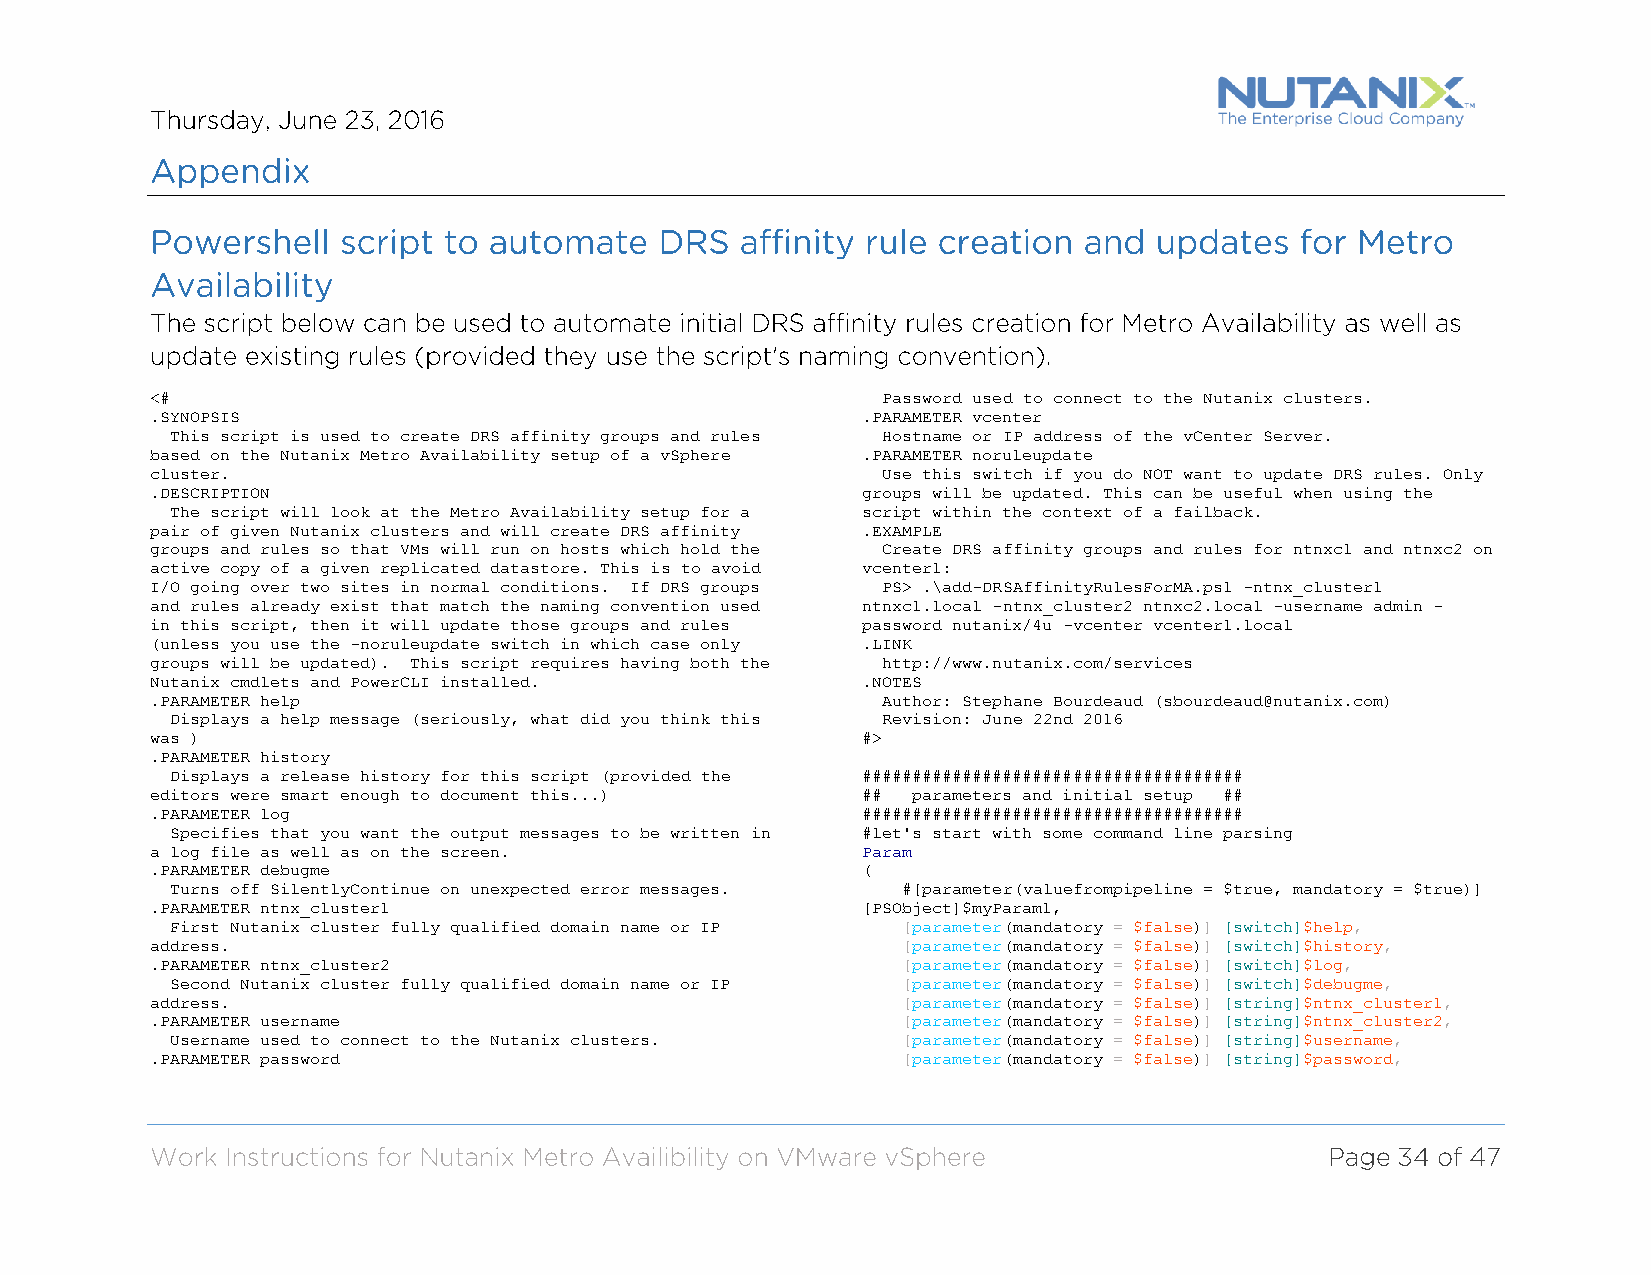
<#                                              Password used to connect to the Nutanix clusters.
 .SYNOPSIS                                      .PARAMETER vcenter
 This script is used to create DRS affinity groups and rules Hostname or IP address of the vCenter Server.
 based on the Nutanix Metro Availability setup of a vSphere .PARAMETER noruleupdate
 cluster.                                        Use this switch if you do NOT want to update DRS rules. Only
 .DESCRIPTION                                   groups will be updated. This can be useful when using the
 The script will look at the Metro Availability setup for a script within the context of a failback.
 pair of given Nutanix clusters and will create DRS affinity .EXAMPLE
 groups and rules so that VMs will run on hosts which hold the Create DRS affinity groups and rules for ntnxc1 and ntnxc2 on
 active copy of a given replicated datastore. This is to avoid vcenter1:
 I/O going over two sites in normal conditions. If DRS groups PS> .\add-DRSAffinityRulesForMA.ps1 -ntnx_cluster1
 and rules already exist that match the naming convention used ntnxc1.local -ntnx_cluster2 ntnxc2.local -username admin -
 in this script, then it will update those groups and rules password nutanix/4u -vcenter vcenter1.local
 (unless you use the -noruleupdate switch in which case only .LINK
 groups will be updated). This script requires having both the http://www.nutanix.com/services
 Nutanix cmdlets and PowerCLI installed.        .NOTES
 .PARAMETER help                                 Author: Stephane Bourdeaud (sbourdeaud@nutanix.com)
 Displays a help message (seriously, what did you think this Revision: June 22nd 2016
 was )                                          #>
 .PARAMETER history
 Displays a release history for this script (provided the ######################################
 editors were smart enough to document this...) ## parameters and initial setup ##
 .PARAMETER log                                 ######################################
 Specifies that you want the output messages to be written in #let's start with some command line parsing
 a log file as well as on the screen.           Param
 .PARAMETER debugme                             (
 Turns off SilentlyContinue on unexpected error messages. #[parameter(valuefrompipeline = $true, mandatory = $true)]
 .PARAMETER ntnx_cluster1                       [PSObject]$myParam1,
 First Nutanix cluster fully qualified domain name or IP [parameter(mandatory = $false)] [switch]$help,
 address.                                          [parameter(mandatory = $false)] [switch]$history,
 .PARAMETER ntnx_cluster2                          [parameter(mandatory = $false)] [switch]$log,
 Second Nutanix cluster fully qualified domain name or IP [parameter(mandatory = $false)] [switch]$debugme,
 address.                                          [parameter(mandatory = $false)] [string]$ntnx_cluster1,
 .PARAMETER username                               [parameter(mandatory = $false)] [string]$ntnx_cluster2,
 Username used to connect to the Nutanix clusters. [parameter(mandatory = $false)] [string]$username,
 .PARAMETER password                               [parameter(mandatory = $false)] [string]$password,